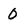
Character: 0